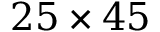
2 5 \times 4 5